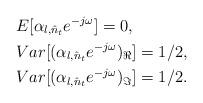
LaTeX: \begin{align*}&E[\alpha_{l,{\hat{n}_t}} e^{-j\omega}] = 0, \\ &Var[(\alpha_{l,{\hat{n}_t}} e^{-j\omega})_\Re] = 1/2, \\ &Var[(\alpha_{l,{\hat{n}_t}} e^{-j\omega})_\Im] = 1/2.\end{align*}